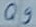
Text: Q9